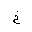
Letter: _kha